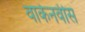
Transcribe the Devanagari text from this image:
वाकेनवीस